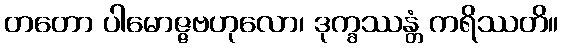
တတော ပါမောဇ္ဇဗဟုလော၊ ဒုက္ခဿန္တံ ကရိဿတိ။